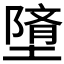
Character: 𲉠